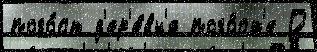
пого́ст д'ер'е́вн'я пого́ст'е О